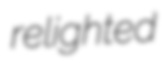
relighted